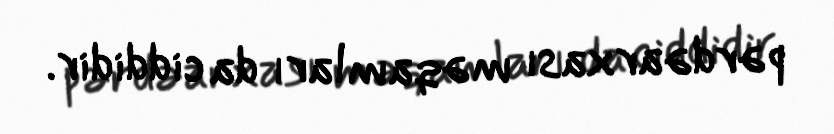
pərdəarxası məqamları da ciddidir.